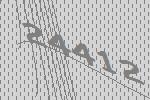
24412